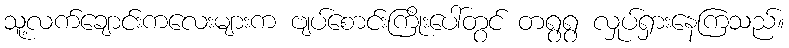
သူ့လက်ချောင်းကလေးများက ဗျပ်စောင်းကြိုးပေါ်တွင် တရွရွ လှုပ်ရှားနေကြသည်။